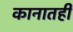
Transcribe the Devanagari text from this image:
कानातही